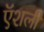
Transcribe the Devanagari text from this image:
ऍशली